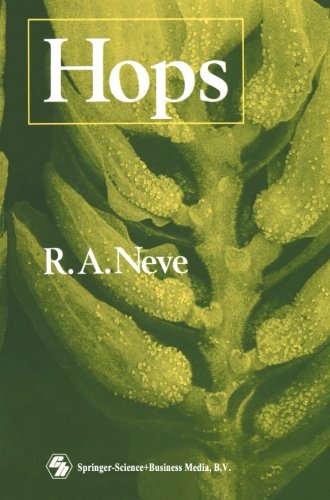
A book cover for Hops; R. A. Neve; Science & Math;